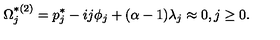
\Omega _ { j } ^ { * ( 2 ) } = p _ { j } ^ { * } - i j \phi _ { j } + ( \alpha - 1 ) \lambda _ { j } \approx 0 , j \geq 0 .